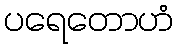
ပရေတောဟံ